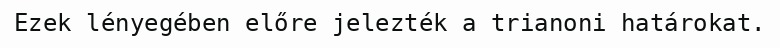
Ezek lényegében előre jelezték a trianoni határokat.